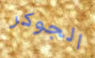
الجوكر